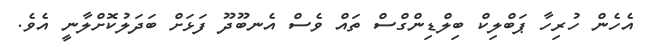
އެހެން ހުރިހާ ޕަބްލިކް ބިލްޑިންގްސް ތައް ވެސް އެނބޫދޫ ފަޅަށް ބަދަލުކޮށްލާނީ އެވެ.